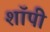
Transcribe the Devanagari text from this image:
शाॅपी